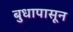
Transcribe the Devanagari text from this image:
बुधापासून